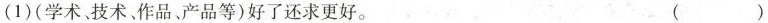
(1)(学术、技术、作品、产品等)好了还求更好。 ( )